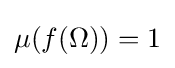
\mu (\textstyle f(\Omega ))=1